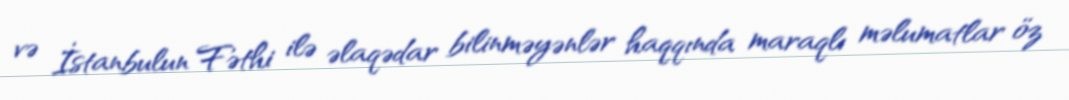
və İstanbulun Fəthi ilə əlaqədar bilinməyənlər haqqında maraqlı məlumatlar öz